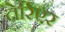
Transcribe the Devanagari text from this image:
तेर्रिएर